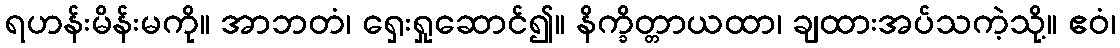
ရဟန်းမိန်းမကို။ အာဘတံ၊ ရှေးရှုဆောင်၍။ နိက္ခိတ္တာယထာ၊ ချထားအပ်သကဲ့သို့။ ဧဝံ၊